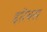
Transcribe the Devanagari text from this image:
इरिबस